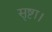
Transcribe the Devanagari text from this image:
सृष्टा।